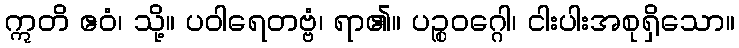
ဣတိ ဧဝံ၊ သို့။ ပဝါရေတဗ္ဗံ၊ ရာ၏။ ပဉ္စဝဂ္ဂေါ၊ ငါးပါးအစုရှိသော။